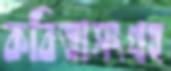
কবিতাসংগ্রহ